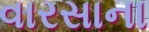
વારસાના